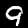
Digit: 9